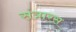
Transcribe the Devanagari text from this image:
संत्रारस